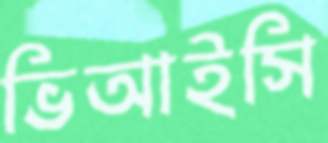
ভিআইসি